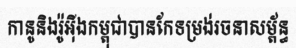
កានូនិងរ៉ូអ៊ីងកម្ពុជាបានកែទម្រង់រចនាសម្ព័ន្ធ